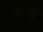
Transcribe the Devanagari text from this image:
ग॓गा